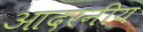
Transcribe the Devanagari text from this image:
आदरनीय